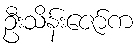
ဦးသိန်းဇော်က